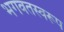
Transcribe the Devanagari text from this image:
भगवतस्वरूप